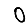
Digit: 0